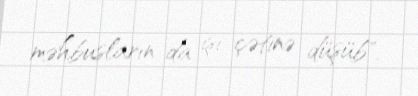
məhbusların da işi çətinə düşüb".